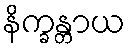
နိက္ခန္တာယ